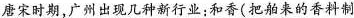
唐宋时期，广州出现几种新行业；和香(把舶来的香料制